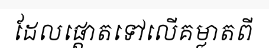
ដែលផ្តោតទៅលើគម្លាតពី